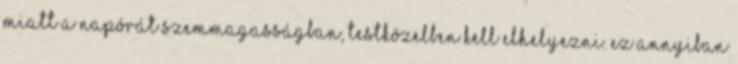
miatt a napórát szemmagasságban, testközelben kell elhelyezni. Ez annyiban